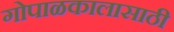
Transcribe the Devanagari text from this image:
गोपाळकालासाठी